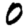
Digit: 0